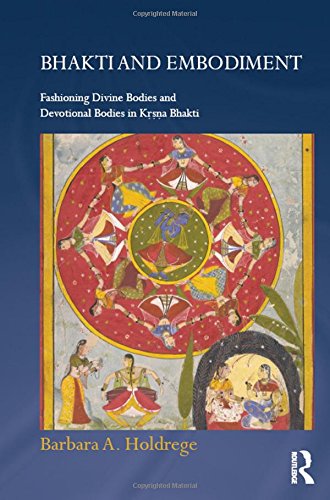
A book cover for Bhakti and Embodiment: Fashioning Divine Bodies and Devotional Bodies in Krsna Bhakti (Routledge Hindu Studies Series); Barbara A. Holdrege; Religion & Spirituality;